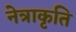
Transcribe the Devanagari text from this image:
नेत्राकृति